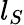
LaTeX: l_{S}